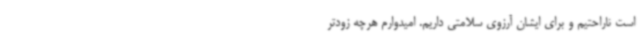
است ناراحتیم و برای ایشان آرزوی سلامتی داریم. امیدوارم هرچه زودتر